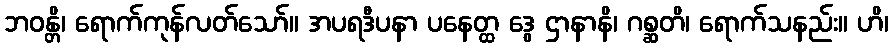
ဘဝန္တိ၊ ရောက်ကုန်လတ်သော်။ အပရဒီပနာ ပနေတ္ထ ဒွေ ဌာနာနိ၊ ဂစ္ဆတိ၊ ရောက်သနည်း။ ဟိ၊